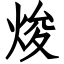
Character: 焌